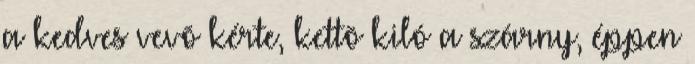
a kedves vevõ kérte, kettõ kiló a szárny, éppen